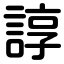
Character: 諄